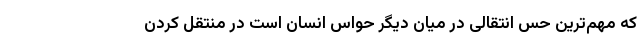
که مهم‌ترین حس انتقالی در میان دیگر حواس انسان است در منتقل کردن